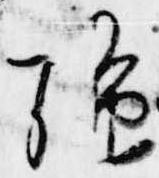
強